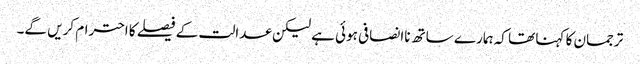
ترجمان کا کہنا تھا کہ ہمارے ساتھ ناانصافی ہوئی ہے لیکن عدالت کے فیصلے کا احترام کریں گے۔